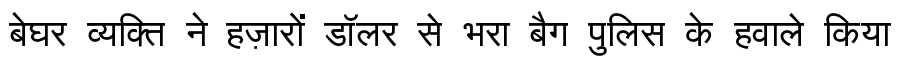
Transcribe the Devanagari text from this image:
बेघर व्यक्ति ने हज़ारों डॉलर से भरा बैग पुलिस के हवाले किया